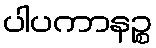
ပါပကာနဉ္စ